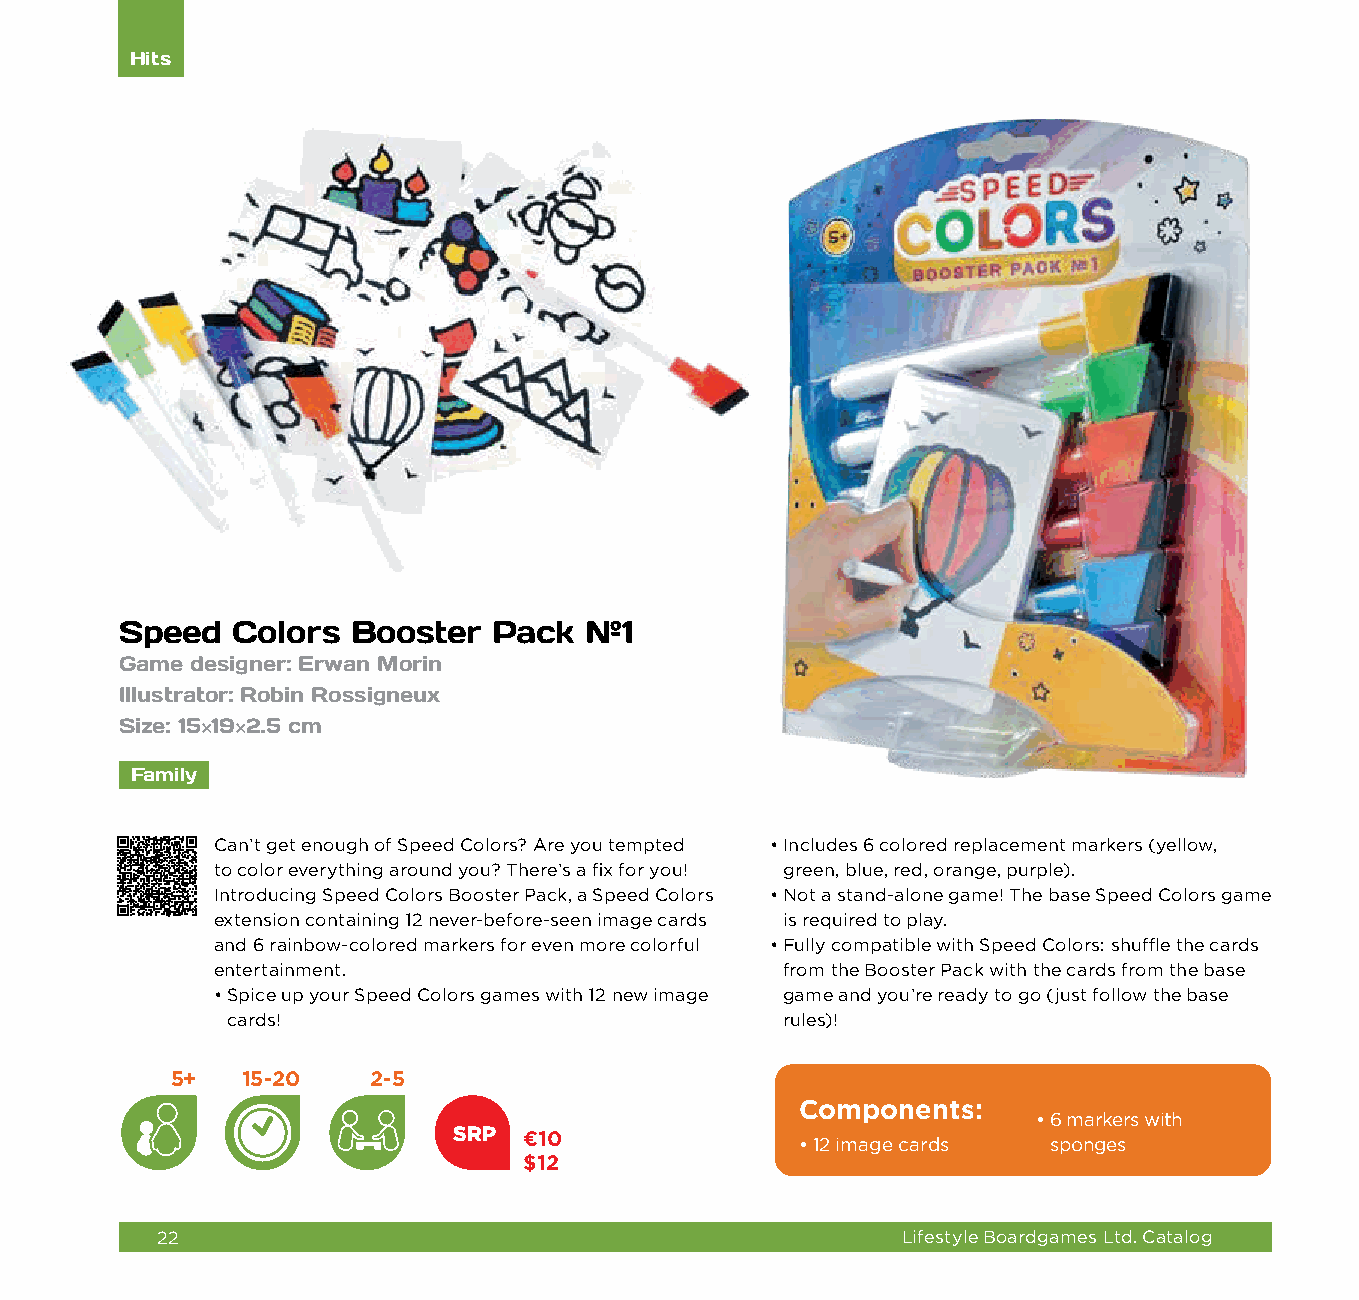
Hits
 Speed  Colors  Booster   Pack  №1
 Game designer: Erwan Morin
 Illustrator: Robin Rossigneux
 Size: 15×19×2.5 cm
 Family
 Can’t get enough of Speed Colors? Are you tempted • I ncludes 6 colored replacement markers (yellow,
 to color everything around you? There’s a fix for you! green, blue, red, orange, purple).
 Introducing Speed Colors Booster Pack, a Speed Colors • N ot a stand-alone game! The base Speed Colors game
 extension containing 12 never-before-seen image cards is required to play.
 and 6 rainbow-colored markers for even more colorful • F ully compatible with Speed Colors: shuffle the cards
 entertainment.                        from the Booster Pack with the cards from the base
 • S pice up your Speed Colors games with 12 new image game and you’re ready to go (just follow the base
 cards!                               rules)!
 5+   15-20   2-5
 Components:
 • 6 markers with
 SRP  €10
 • 1 2 image cards sponges
 $12
 22                                                Lifestyle Boardgames Ltd. Catalog